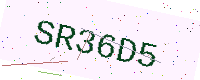
Text: SR36D5